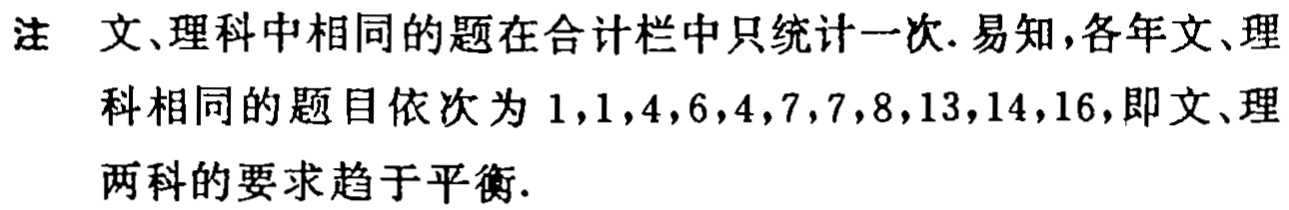
注 文、理科中相同的题在合计栏中只统计一次. 易知,各年文、理
科相同的题目依次为 \(1,1,4,6,4,7,7,8,13,14,16\),即文、理
两科的要求趋于平衡.